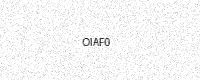
Text: OIAF0